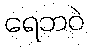
ရေဘဝဲ